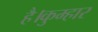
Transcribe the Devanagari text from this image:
है।कुम्हार